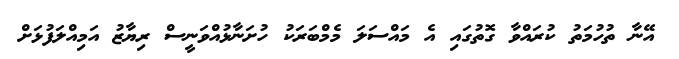
އޭނާ ތުހުމަތު ކުރައްވާ ގޮތުގައި އެ މައްސަލަ މެމްބަރަކު ހުށަނާޅުއްވަނީސް ރިޔާޒު އަމިއްލަފުޅަށް